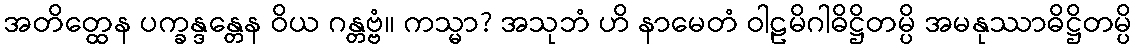
အတိတ္ထေန ပက္ခန္ဒန္တေန ဝိယ ဂန္တဗ္ဗံ။ ကသ္မာ? အသုဘံ ဟိ နာမေတံ ဝါဠမိဂါဓိဋ္ဌိတမ္ပိ အမနုဿာဓိဋ္ဌိတမ္ပိ